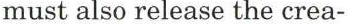
must also release the crea-